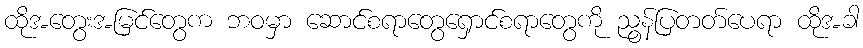
ထိုအတွေးအမြင်တွေက ဘဝမှာ ဆောင်စရာတွေရှောင်စရာတွေကို ညွန်ပြတတ်ပေရာ ထိုအခါ